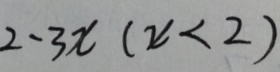
2 - 3 x ( x < 2 )